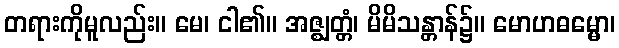
တရားကိုမူလည်း။ မေ၊ ငါ၏။ အဇ္ဈတ္တံ၊ မိမိသန္တာန်၌။ မောဟဓမ္မော၊